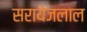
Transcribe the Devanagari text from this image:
सरायेजलाल